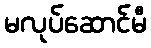
မလုပ်ဆောင်မီ